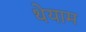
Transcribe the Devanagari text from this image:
थेयाम